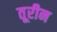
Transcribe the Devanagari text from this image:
तूरीन